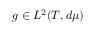
g \in L ^ { 2 } ( T , d \mu )